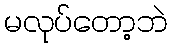
မလုပ်တော့ဘဲ